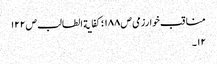
مناقب خوارزمی ص١٨٨ ؛کفایة الطالب ص١٢٢
١٢۔